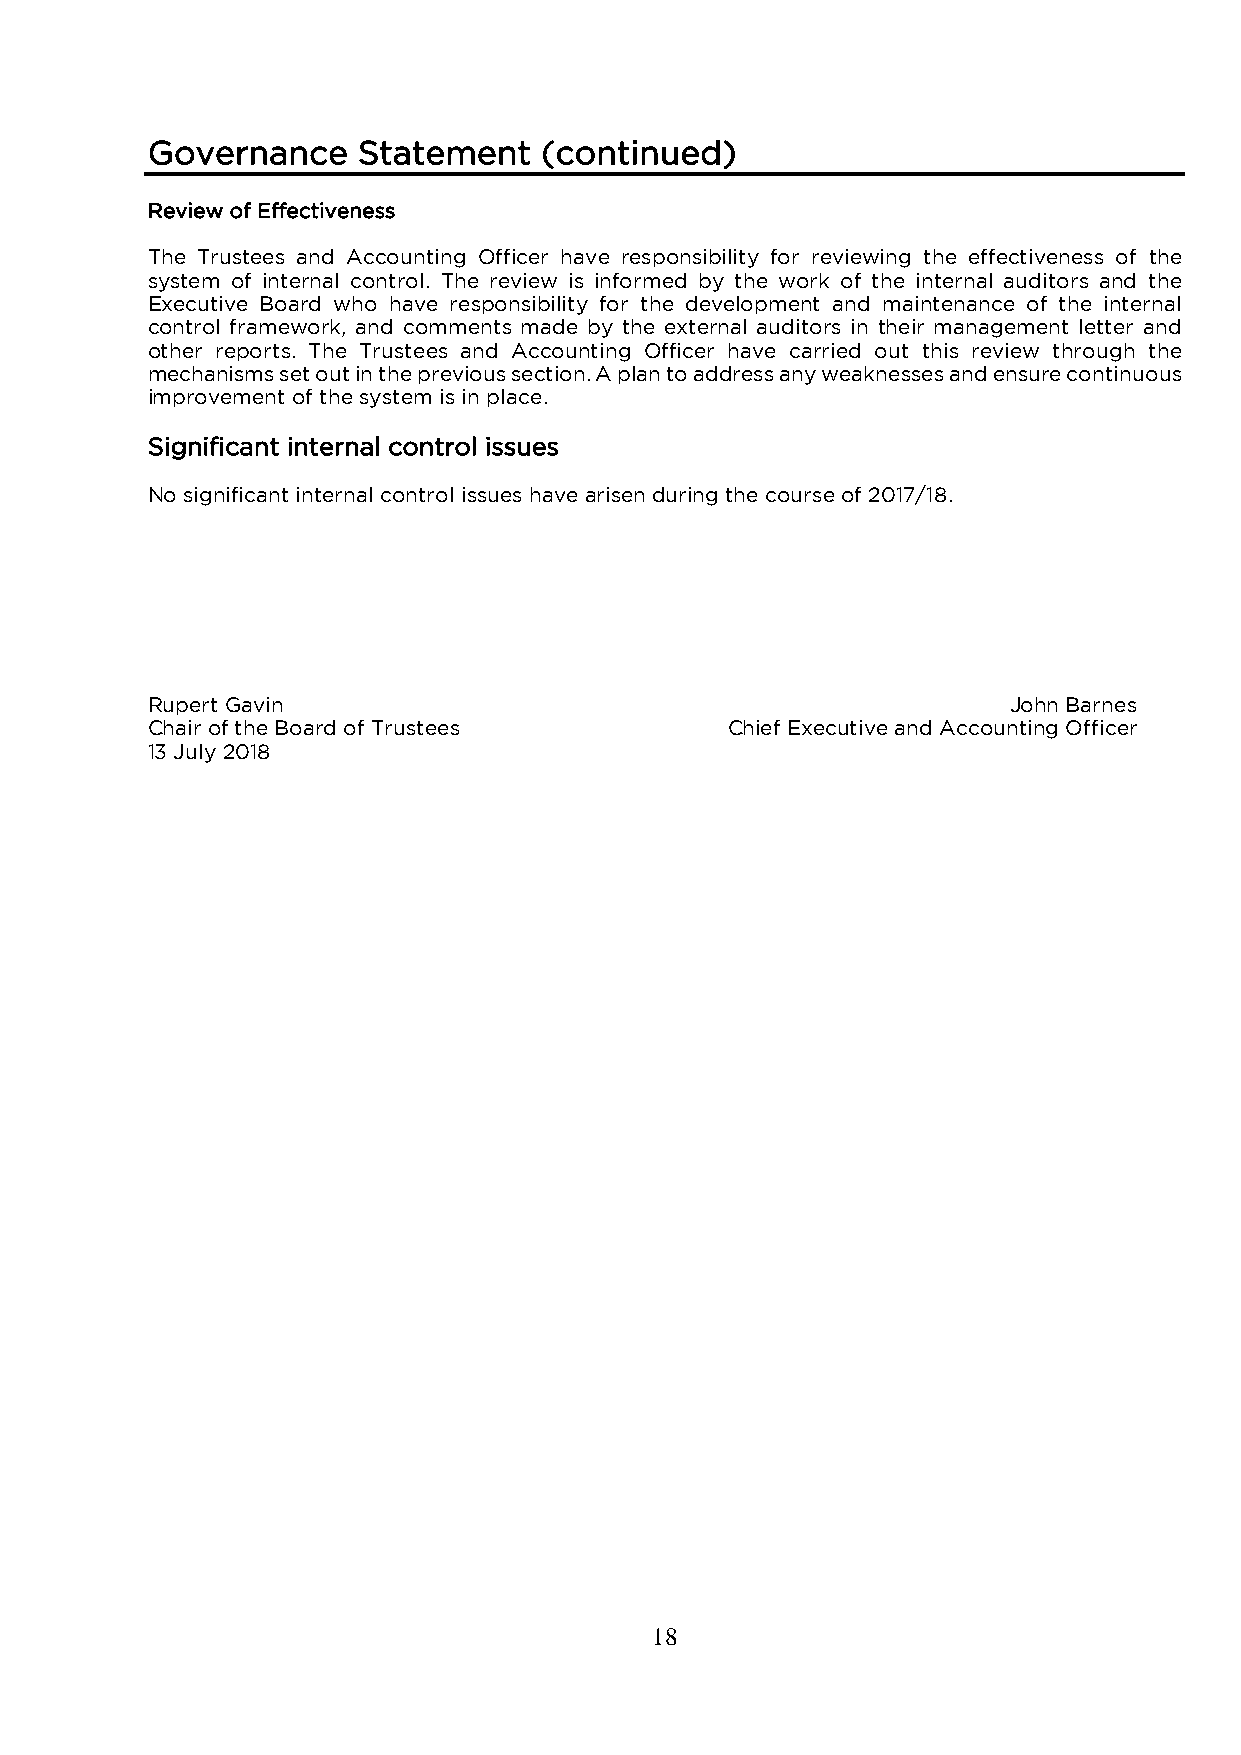
Governance    Statement   (continued)
 Review of Effectiveness
 The Trustees and Accounting Officer have responsibility for reviewing the effectiveness of the
 system of internal control. The review is informed by the work of the internal auditors and the
 Executive Board who have responsibility for the development and maintenance of the internal
 control framework, and comments made by the external auditors in their management letter and
 other reports. The Trustees and Accounting Officer have carried out this review through the
 mechanisms set out in the previous section. A plan to address any weaknesses and ensure continuous
 improvement of the system is in place.
 Significant internal control issues
 No significant internal control issues have arisen during the course of 2017/18.
 Rupert Gavin                                             John Barnes
 Chair of the Board of Trustees        Chief Executive and Accounting Officer
 13 July 2018
 18